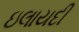
ઇલાયદી